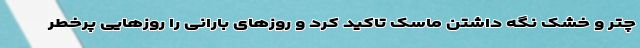
چتر و خشک نگه داشتن ماسک تاکید کرد و روزهای بارانی را روزهایی پرخطر